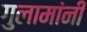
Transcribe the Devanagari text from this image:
गुलामांनी